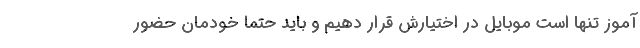
آموز تنها است موبایل در اختیارش قرار دهیم و باید حتما خودمان حضور